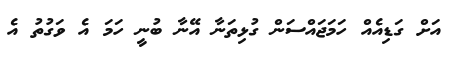
އަށް ގަޑިއެއް ހަމަޖައްސަން ގުޅިތަނާ އޭނާ ބުނީ ހަމަ އެ ވަގުތު އެ